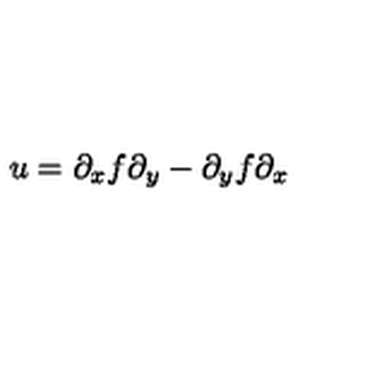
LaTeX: u = \partial _ { x } f \partial _ { y } - \partial _ { y } f \partial _ { x }